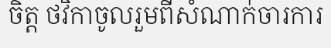
ចិត្ត ថវិកាចូលរួមពីសំណាក់ចារការ